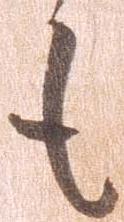
も